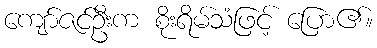
ကျော်ဇင်ဦးက စိုးရိမ်သံဖြင့် ပြော၏။